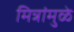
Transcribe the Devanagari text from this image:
मित्रांमुळे